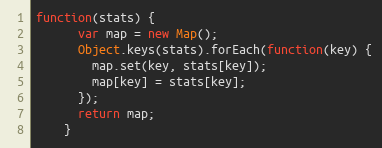
Language: JavaScript
function(stats) {
      var map = new Map();
      Object.keys(stats).forEach(function(key) {
        map.set(key, stats[key]);
        map[key] = stats[key];
      });
      return map;
    }